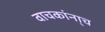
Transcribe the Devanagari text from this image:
वाचकांना्च